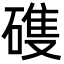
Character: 𮀺